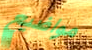
مواضيع